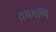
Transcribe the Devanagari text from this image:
राममणि